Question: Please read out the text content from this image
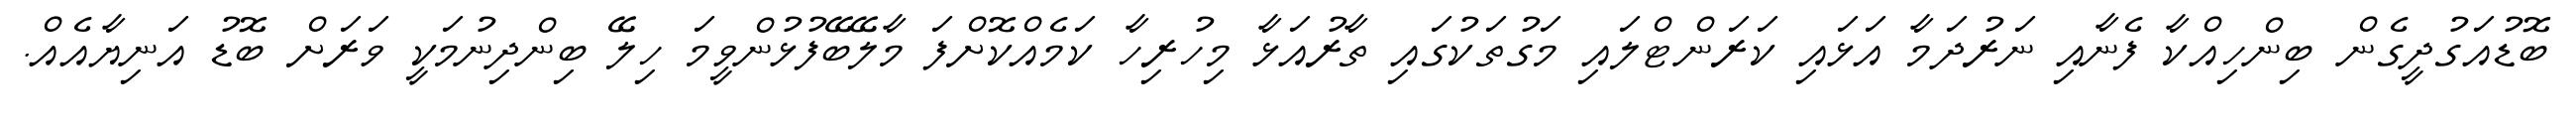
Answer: ބޮޑުއަގުދީގެން ބިންހިއްކާ ފެނާއި ނަރުދަމާ އަޅައި ކަރަންޓްލައި މަގުތަކުގައި ތާރުއަޅާ މިހުރިހާ ކަމެއްކޮށްފަ މާލޭބޭފުޅުންވީމަ ހިލޭ ބިންދިނުމަކީ ވަރަށް ބޮޑު އަނިޔާއެއް.